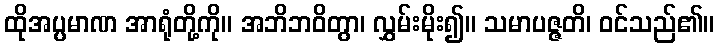
ထိုအပ္ပမာဏ အာရုံတို့ကို။ အဘိဘဝိတွာ၊ လွှမ်းမိုး၍။ သမာပဇ္ဇတိ၊ ဝင်သည်၏။